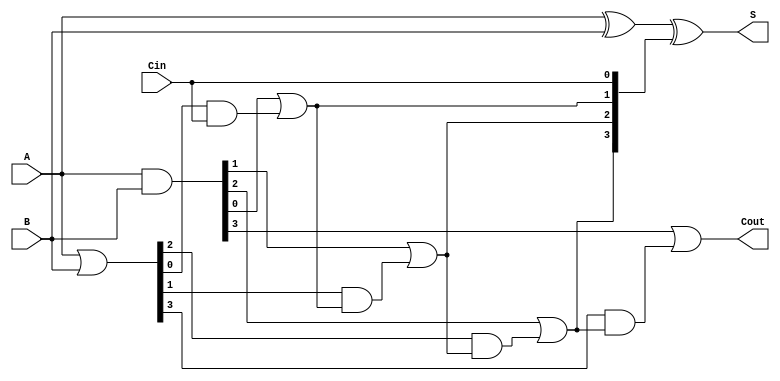
module RCLA #(parameter N = 4) (
    input  wire [N-1:0] A,         // First operand
    input  wire [N-1:0] B,         // Second operand
    input  wire Cin,                // Carry input
    output wire [N-1:0] S,         // Sum output
    output wire Cout               // Carry output
);

    // Generate and Propagate signals
    wire [N-1:0] G; // Generate signals
    wire [N-1:0] P; // Propagate signals
    wire [N:0] C;   // Carry signals

    // Generate and Propagate logic
    assign G = A & B;              // G[i] = A[i] & B[i]
    assign P = A | B;              // P[i] = A[i] | B[i]

    // Carry logic
    assign C[0] = Cin;             // C[0] = Cin
    genvar i;
    generate
        for (i = 0; i < N-1; i = i + 1) begin : carry_logic
            assign C[i+1] = G[i] | (P[i] & C[i]); // C[i+1] = G[i] | (P[i] & C[i])
        end
    endgenerate

    // Final carry output
    assign Cout = G[N-1] | (P[N-1] & C[N-1]);

    // Sum calculation
    assign S = A ^ B ^ C[N-1:0]; // S[i] = A[i] ^ B[i] ^ C[i]

endmodule